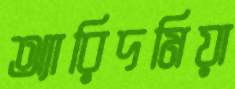
অ্যারিদমিয়া